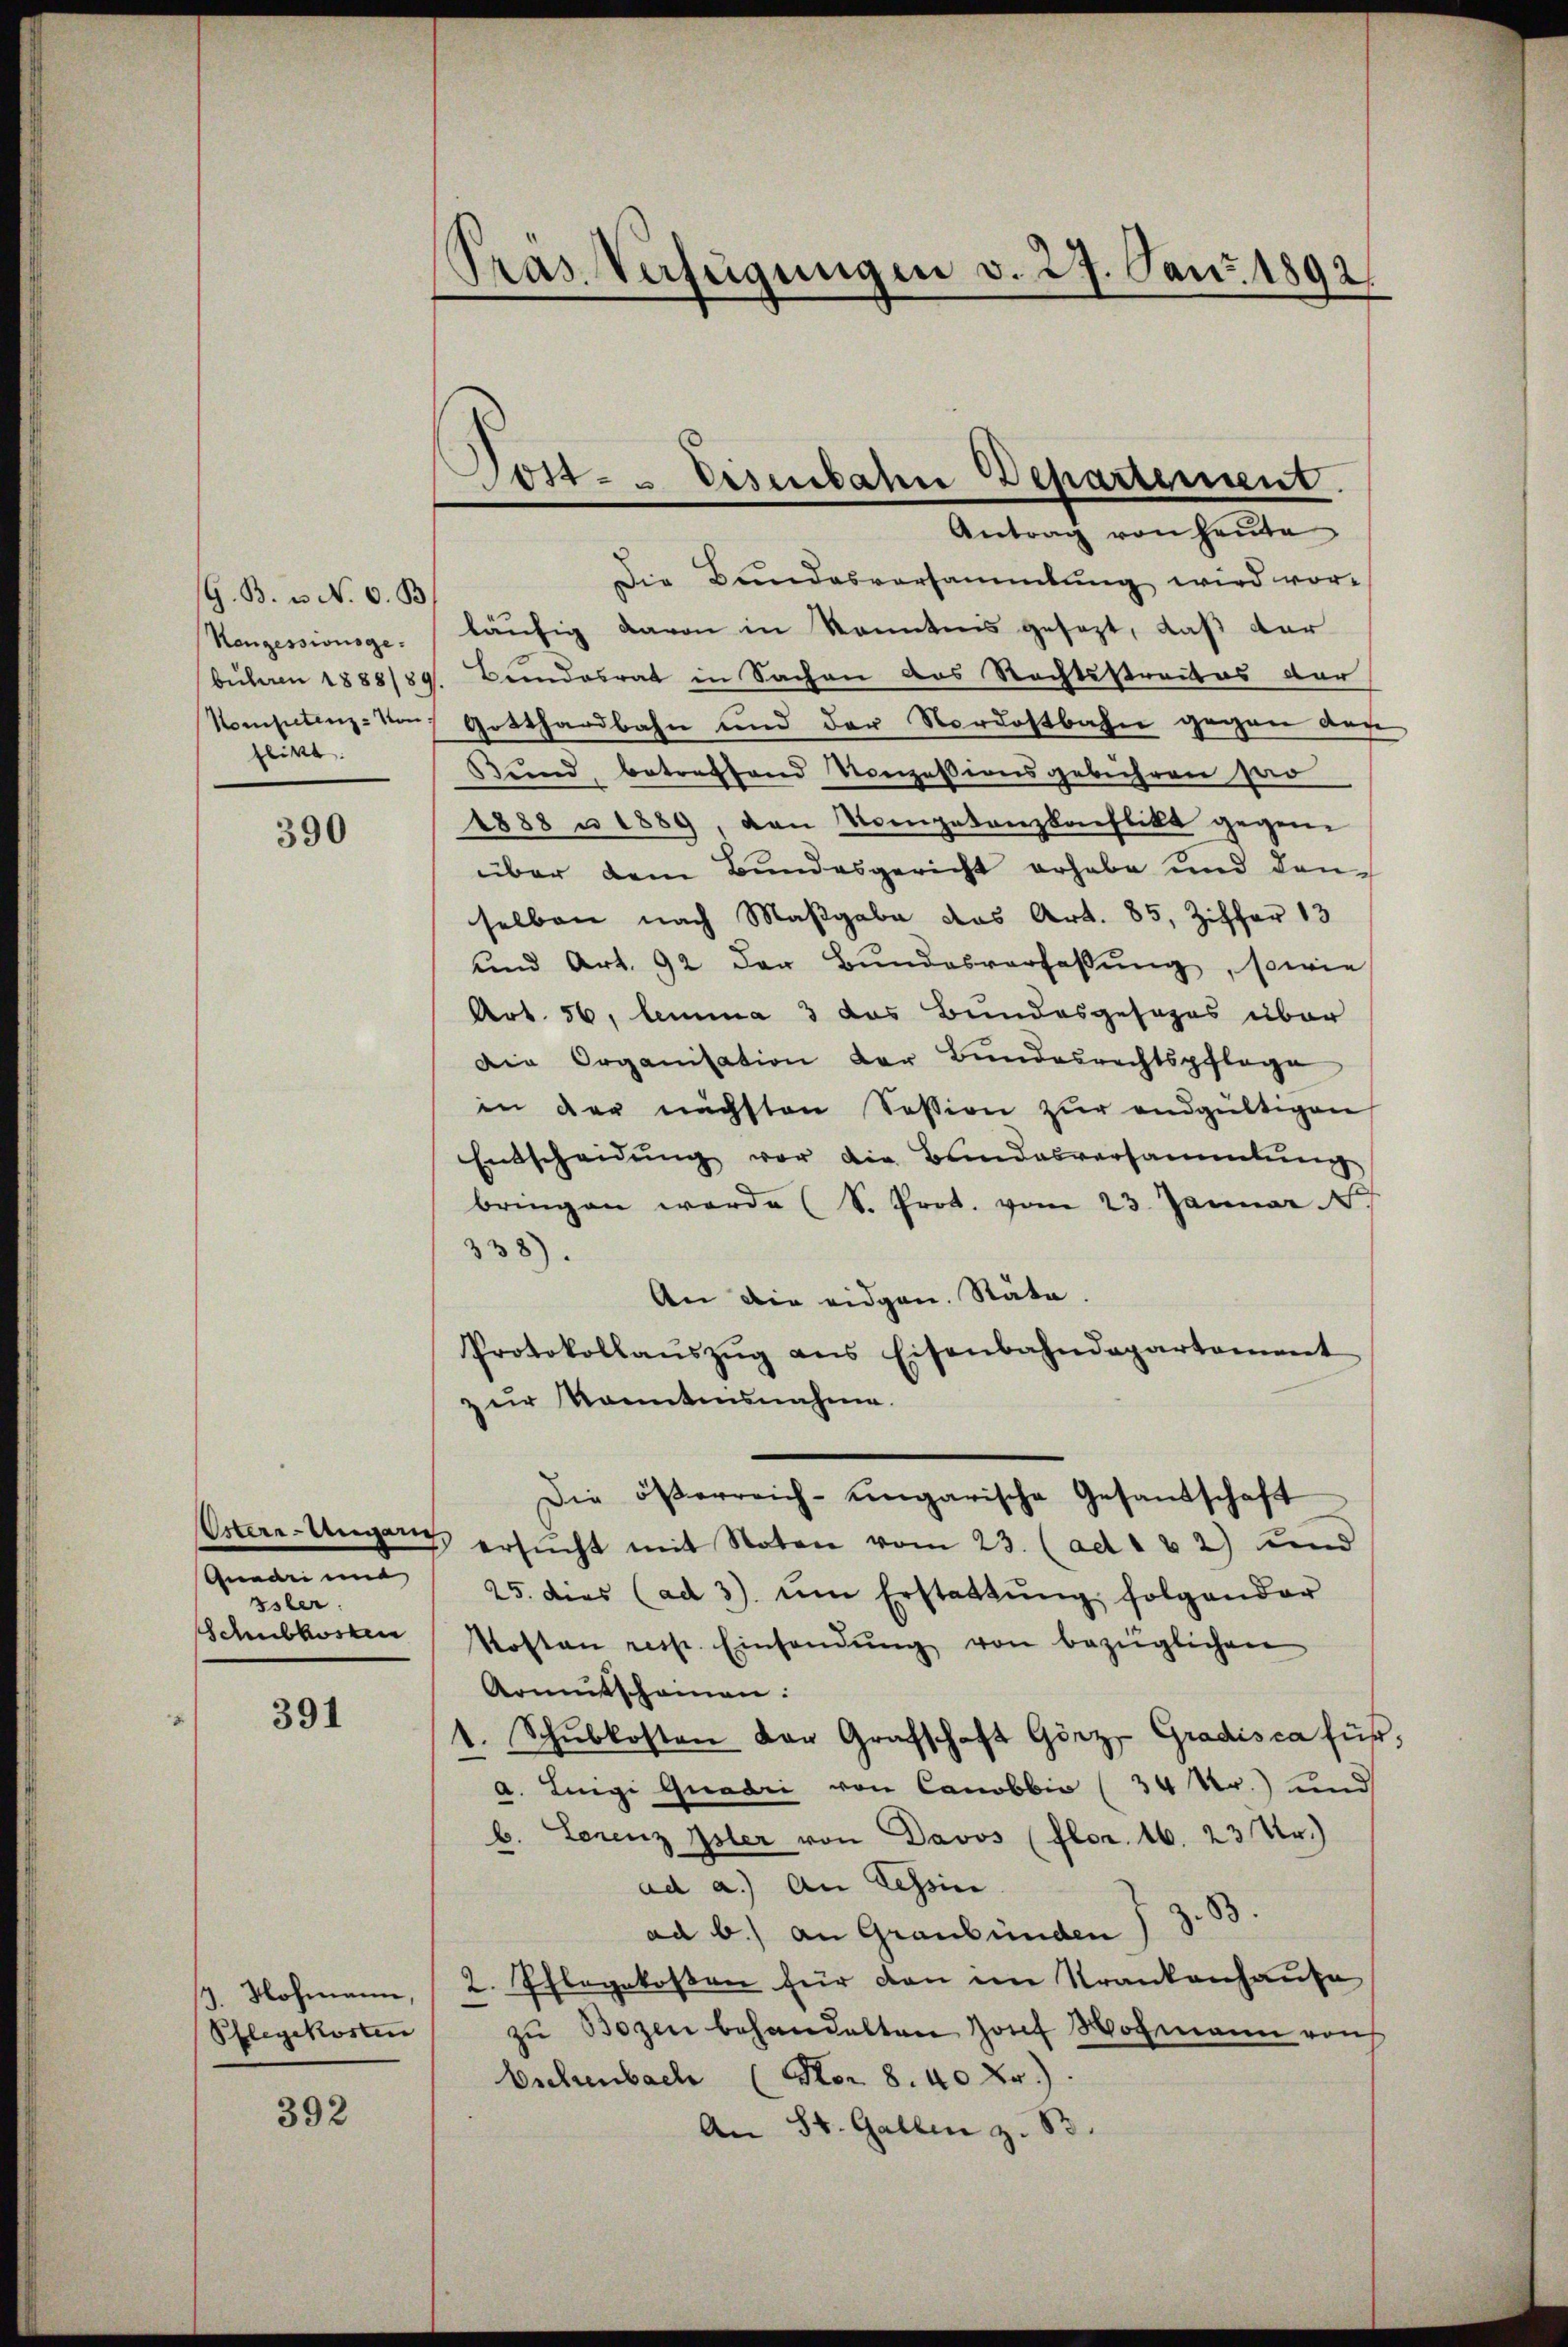
G. B. u. N. 6. B
Rangessionsge
flikt

390

Oster-Angen.
Quadri und
ssler.
Schubkosten

391

7. Nochmann,
Pflegekosten

392

Präs. Verfügungen v. 27. Janr. 1892

Post- & Eisenbahn Departement.
Antrag von Heute

Die Bundesversammlung wird vor-
läufig davon in Kenntnis gesezt, daß der
bühren 1888/89. Bundesrat in Sachen das Rechtsstraites der
Kompetenz-von Gotthardbahn und der Nordostbahn gegen der
Bund, betreffend Nonzessionsgebühren soo
1888 u. 1889, den Kompetenzkonflikt gegen
über dem Bundesgericht erhabe und den
selben nach Maßgabe das Art. 85, Ziffer 13
und Art. 92 der Bŭndesverfassŭng, sowie
Art. 56, lemma 3 das Bundesgesages über
Die Organisation der Bundesrechtspflege
in der nächsten Session zur endgültigen
Entscheidŭng vor die Bundesversammlung
bringen werde (S. Prot. vom 23. Januar 1
338).
An die eidgen. Stäte.
Protokollaŭszŭg ans Eisenbahndepartement
zur Kenntnisnahme.
Die österreich-ungarische Gesandschaft
ersŭcht mit Noten vom 23. (ad 1 & 2) und
25. dies (ad 3). ŭm Erstattŭng folgender
Kosten resp. Einsendŭng von bezüglichen
Armutscheinen.
1. Schŭlkosten der Grafschaft Görz Gradisca für,
a. Luigi Guadii von Canobbio (34 Kr.) und
b. Lorenz Isler von Davos (flor 16. 23 Xr.)
ad a.) An Tessin.
ad b.) an Graubünden J. Z. 33.
2. Pflegekosen für den im Krankenhause
zu Bozen behandelten Josef Hochmann von
Eschenbach (Nor 8. 40 Xr.).
An St. Gallen z. B.